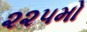
૨૨૫મો